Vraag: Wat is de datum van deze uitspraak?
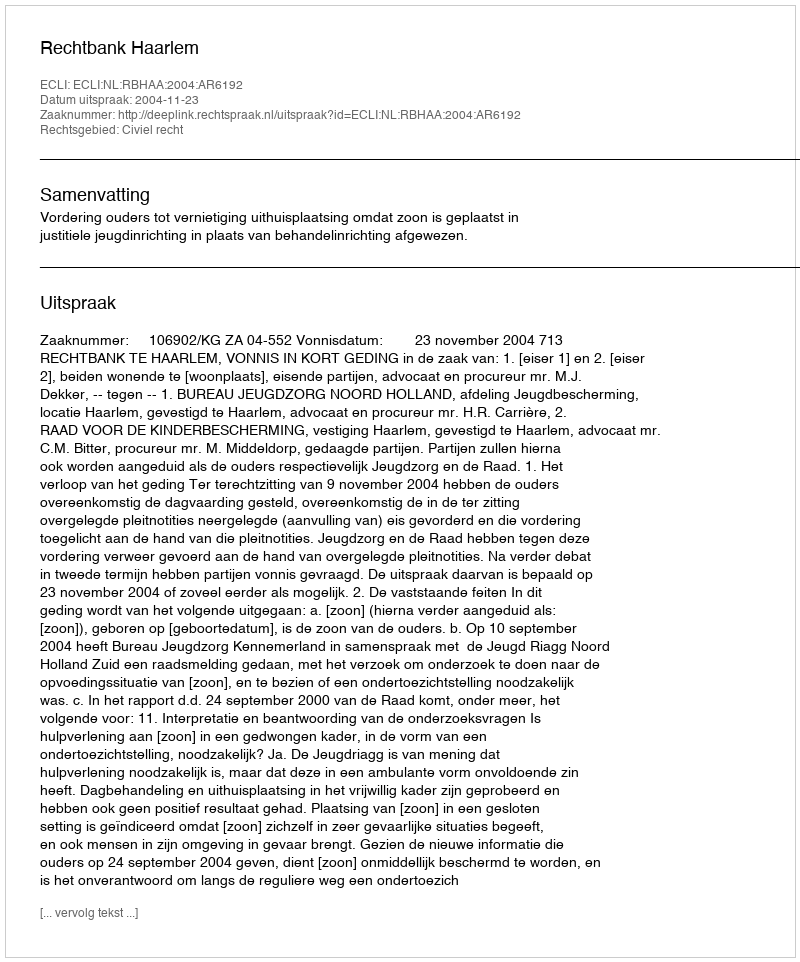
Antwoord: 2004-11-23